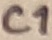
Text: C1